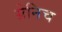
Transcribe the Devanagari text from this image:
ग्रेनिच